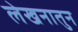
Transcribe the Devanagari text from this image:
लेखनातुन